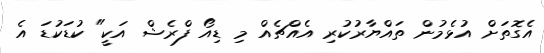
އެގޮތަށް އުޅެމުން ތައްޔާރުކުރި އެއްޗެއް މި ޑިއޯ ފްރެޝް އަކީ" ކުޑަކުޑަ އެ